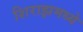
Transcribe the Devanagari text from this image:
शिराझमध्ये